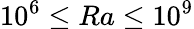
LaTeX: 10^{6}\le Ra\le 10^{9}